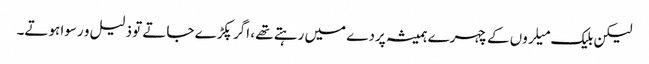
لیکن بلیک میلروں کے چہرے ہمیشہ پردے میں رہتے تھے ، اگر پکڑے جاتے تو ذلیل و رسوا ہوتے۔